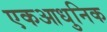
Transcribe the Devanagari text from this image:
एकआधुनिक